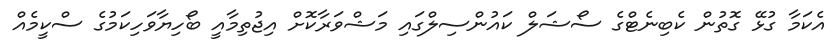
އެކަމާ ގުޅޭ ގޮތުން ކެބިނެޓްގެ ސޯޝަލް ކައުންސިލްގައި މަޝްވަރާކޮށް އިޖުތިމާއީ ބޯހިޔާވަހިކަމުގެ ސްކީމެއް